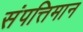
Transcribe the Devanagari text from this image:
संपत्तिमान